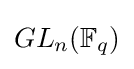
GL_{n}(\mathbb {F} _{q})